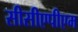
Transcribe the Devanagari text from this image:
सीसीएपीएम